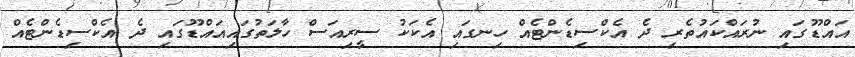
އައްޑޫގައި ނުރައްކައުތެރި ދެ އެކްސިޑެންޓެއް ހިނގައި އެކަކު ސީރިއަސް ހާލަތުގައިއައްޑޫގައި ދެ އެކްސިޑެންޓެއް